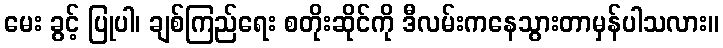
မေး ခွင့် ပြုပါ၊ ချစ်ကြည်ရေး စတိုးဆိုင်ကို ဒီလမ်းကနေသွားတာမှန်ပါသလား။